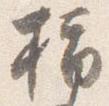
指